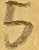
Text: 5